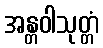
အန္တဝါသုတ္တံ